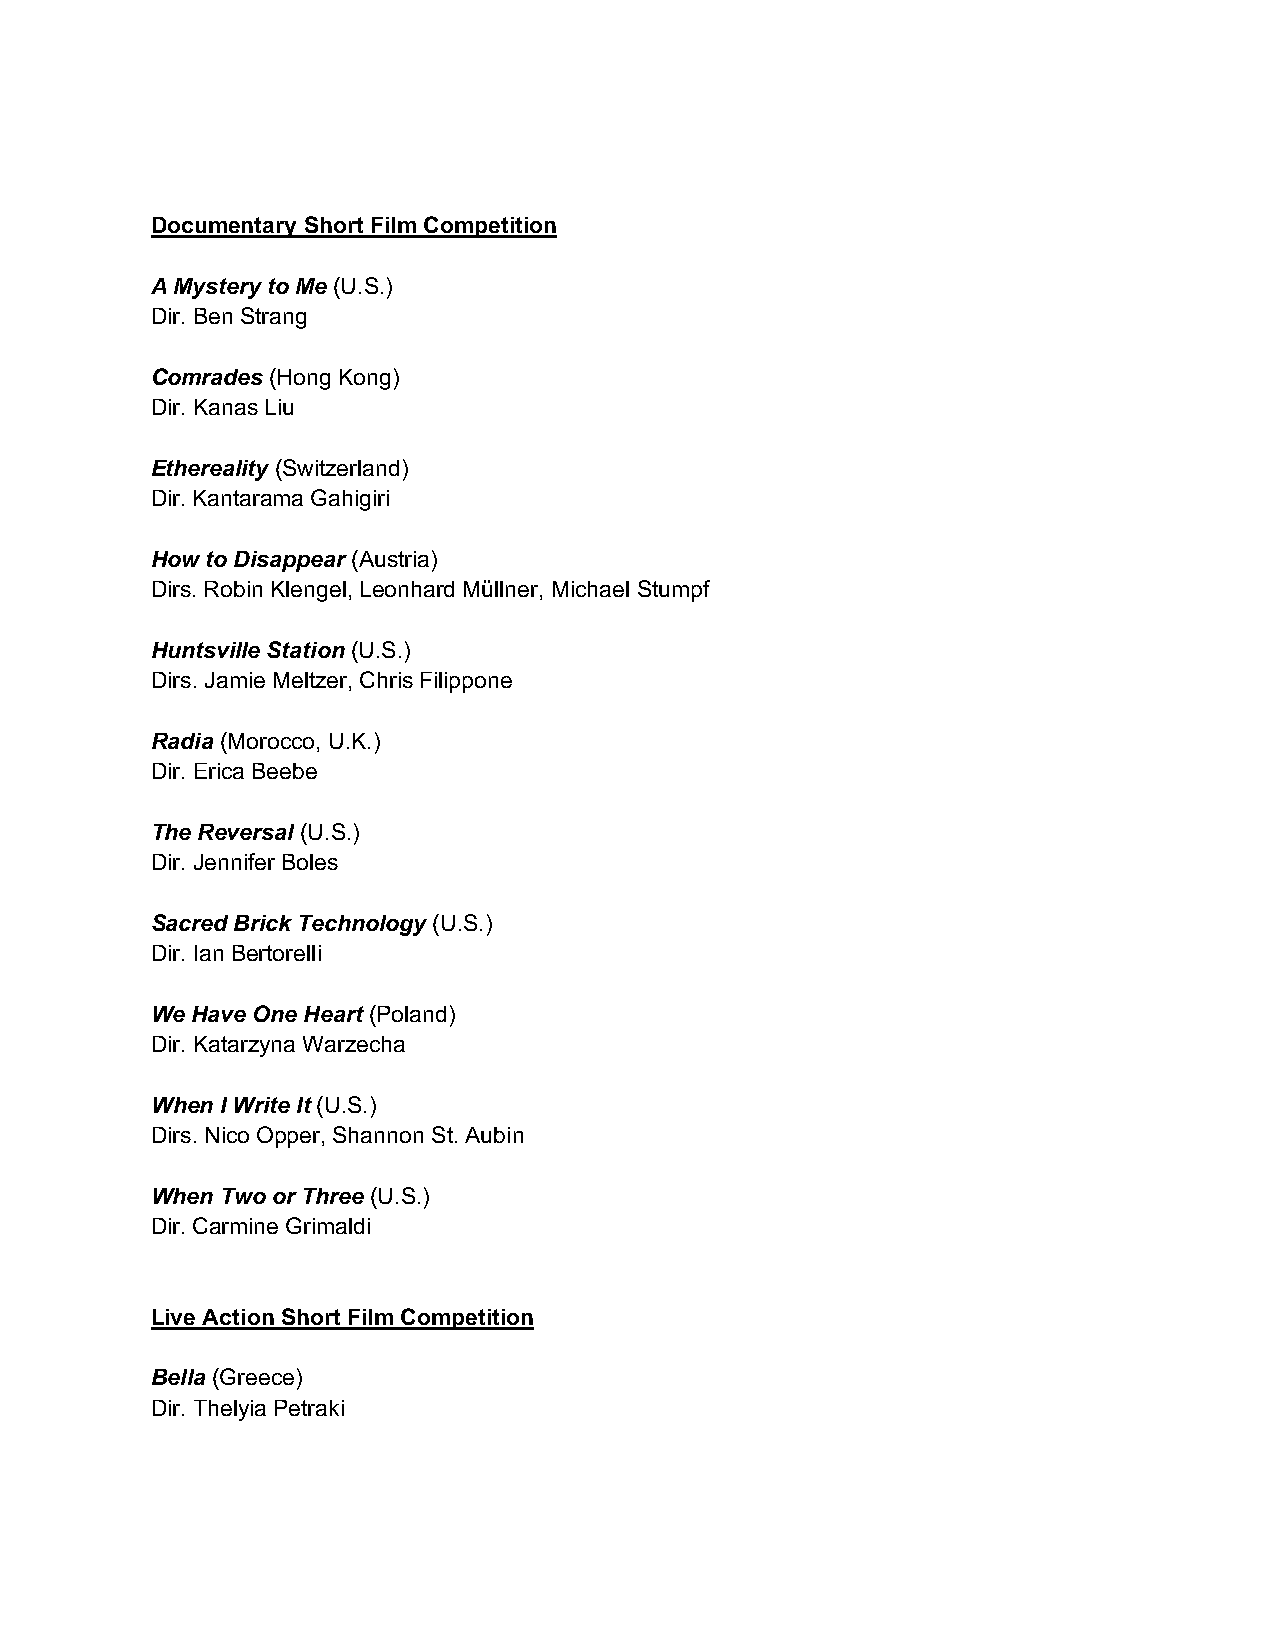
Documentary Short Film Competition
 A Mystery to Me (U.S.)
 Dir. Ben Strang
 Comrades (Hong Kong)
 Dir. Kanas Liu
 Ethereality (Switzerland)
 Dir. Kantarama Gahigiri
 How to Disappear (Austria)
 Dirs. Robin Klengel, Leonhard Müllner, Michael Stumpf
 Huntsville Station (U.S.)
 Dirs. Jamie Meltzer, Chris Filippone
 Radia (Morocco, U.K.)
 Dir. Erica Beebe
 The Reversal (U.S.)
 Dir. Jennifer Boles
 Sacred Brick Technology (U.S.)
 Dir. Ian Bertorelli
 We Have One Heart (Poland)
 Dir. Katarzyna Warzecha
 When I Write It (U.S.)
 Dirs. Nico Opper, Shannon St. Aubin
 When Two or Three (U.S.)
 Dir. Carmine Grimaldi
 Live Action Short Film Competition
 Bella (Greece)
 Dir. Thelyia Petraki